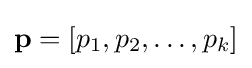
\mathbf {p} =\left[p_{1},p_{2},\ldots ,p_{k}\right]